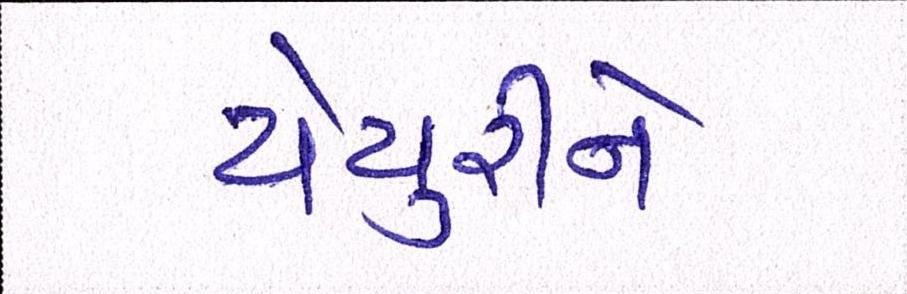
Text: યેચુરીને